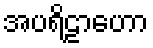
အပရိဠာဟော